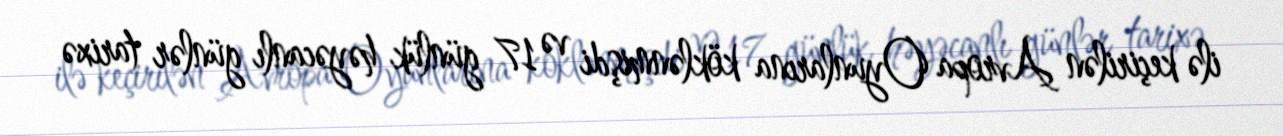
ilə keçirilən Avropa Oyunlarına köklənmişdi və 17 günlük həyəcanlı günlər tarixə